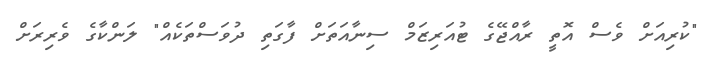
"ކުރިއަށް ވެސް އޮތީ ރާއްޖޭގެ ޓުއަރިޒަމް ސިނާއަތަށް ފާގަތި ދުވަސްތަކެއް" ލަންކާގެ ވެރިރަށް